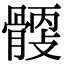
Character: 𩩹